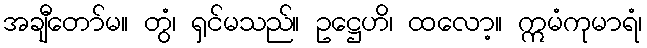
အချီတော်မ။ တွံ၊ ရှင်မသည်။ ဥဋ္ဌေဟိ၊ ထလော့။ ဣမံကုမာရံ၊